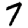
Digit: 7